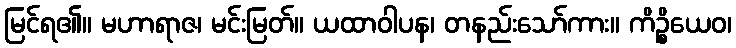
မြင်ရ၏။ မဟာရာဇ၊ မင်းမြတ်။ ယထာဝါပန၊ တနည်းသော်ကား။ ကိဉ္စိယေဝ၊